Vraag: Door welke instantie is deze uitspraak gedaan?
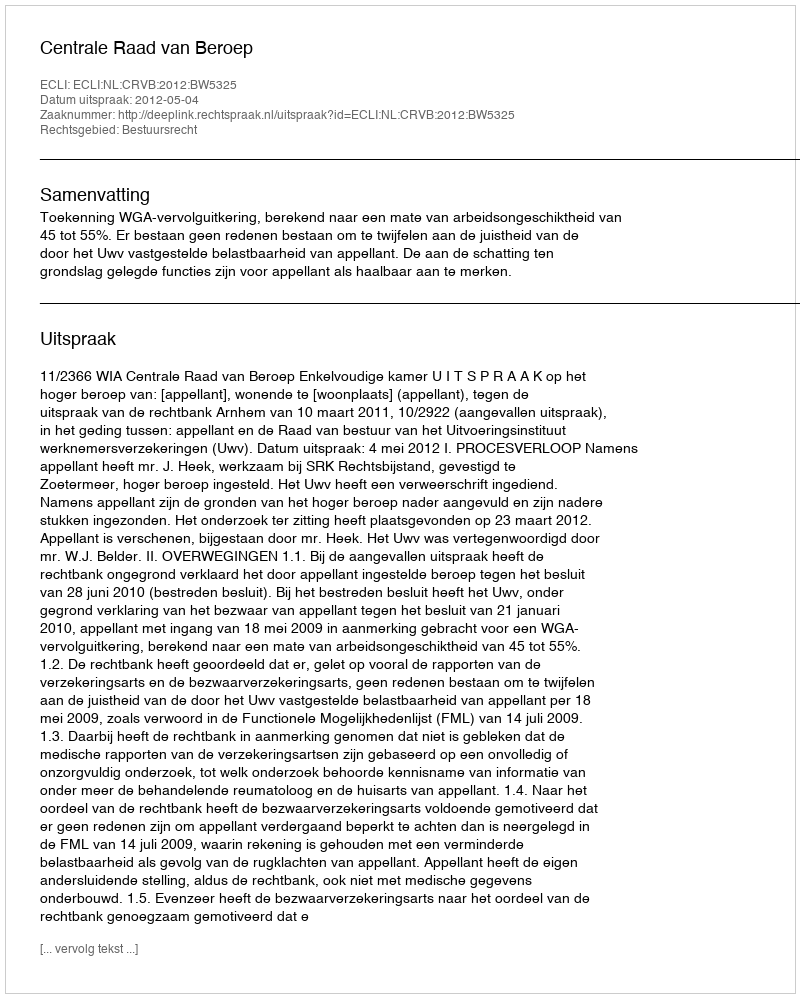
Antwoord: Centrale Raad van Beroep